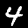
Digit: 4